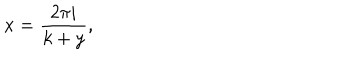
LaTeX: x = { \frac { 2 \pi i } { k + y } } ,